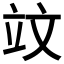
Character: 𥩛